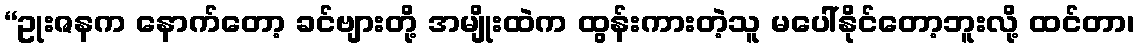
“ဥုးဇနက နောက်တော့ ခင်ဗျားတို့ အမျိုးထဲက ထွန်းကားတဲ့သူ မပေါ်နိုင်တော့ဘူးလို့ ထင်တာ၊